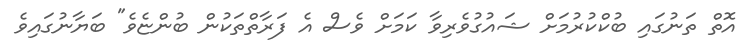
އޮތް ތަނުގައި ބުކްކުރުމަށް ޝައުގުވެރިވާ ކަމަށް ވެސް އެ ފަރާތްތަކުން ބުންޏެވެ" ބަޔާނުގައިވެ